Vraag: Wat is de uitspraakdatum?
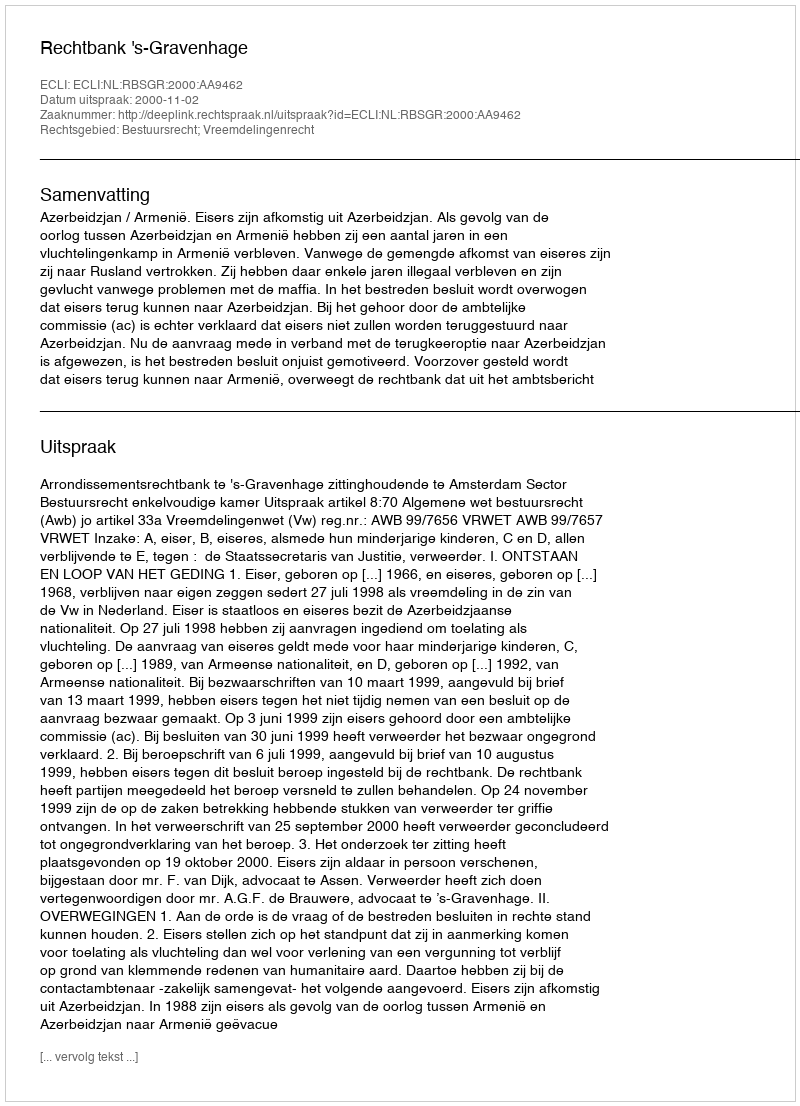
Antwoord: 2000-11-02